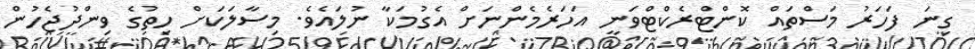
ގިނަ ފަހަރު މަސްތައް ކޮންޓްރެކްޓްވަނީ އަހަރެމެންނަށް އެގުމަކާ ނުލައެވެ. މިސާލަކަށް ހިތުގެ ވިންދުޖެހުން